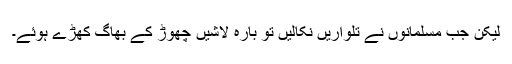
لیکن جب مسلمانوں نے تلواریں نکالیں تو بارہ لاشیں چھوڑ کے بھاگ کھڑے ہوئے۔